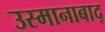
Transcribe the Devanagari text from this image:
उस्मानाबाद्